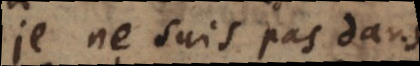
pas ne suis pas dans